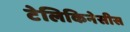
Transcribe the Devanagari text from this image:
टेलिकिनेसीस